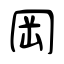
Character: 岡